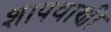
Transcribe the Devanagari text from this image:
शापवाणी